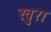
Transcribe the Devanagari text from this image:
खुरा